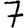
Digit: 7